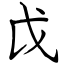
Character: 戉